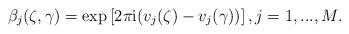
LaTeX: \begin{align*}\beta_j(\zeta,\gamma)=\exp \left[2 \pi \mathrm{i} (v_j(\zeta)- v_j(\gamma))\right], j=1,...,M.\end{align*}